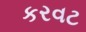
કરવટ